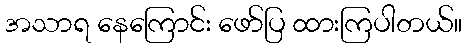
အသာရ နေကြောင်း ဖော်ပြ ထားကြပါတယ်။